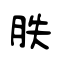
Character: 胅